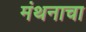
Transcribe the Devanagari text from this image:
मंथनाचा